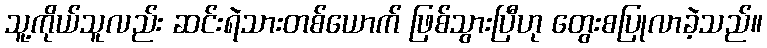
သူ့ကိုယ်သူလည်း ဆင်းရဲသားတစ်ယောက် ဖြစ်သွားပြီဟု တွေးစပြုလာခဲ့သည်။